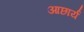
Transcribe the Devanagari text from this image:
आछार्य